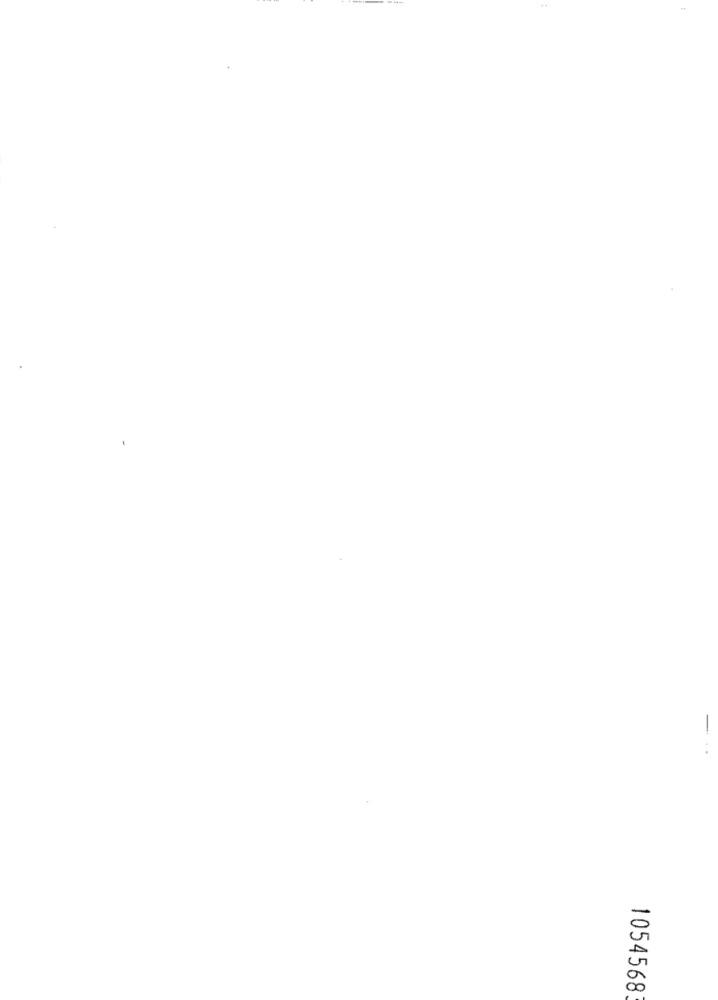
--
1054568